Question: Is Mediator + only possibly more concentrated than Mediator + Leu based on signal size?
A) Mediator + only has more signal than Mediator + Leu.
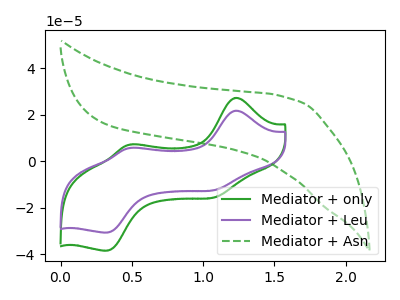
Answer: <think>The green curve "Mediator + only" has anodic peaks at (1.25V, 27.30uA) (0.50V, 7.30uA) and cathodic peaks at (1.10V, -15.15uA) (0.35V, -38.40uA). The purple curve "Mediator + Leu" has anodic peaks at (1.25V, 21.80uA) (0.50V, 5.80uA) and cathodic peaks at (1.10V, -12.10uA) (0.35V, -30.65uA). The green dashed curve "Mediator + Asn" has no peaks.
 All the peaks in "Mediator + only" have a peak in "Mediator + Leu" at the same potential. Every peak in "Mediator + only" is higher than every peak in "Mediator + Leu".</think>
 <answer>A) "Mediator + only" has more signal than "Mediator + Leu".</answer>
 <eval>A</eval>